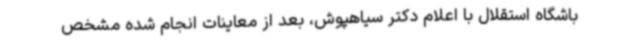
باشگاه استقلال با اعلام دکتر سیاهپوش، بعد از معاینات انجام شده مشخص